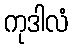
ကုဒါလံ